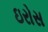
ઇરોસ